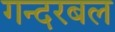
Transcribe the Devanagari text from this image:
गन्दरबल